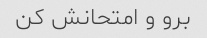
برو و امتحانش کن